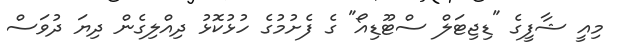
މިއީ ޝާފީގެ "ޑިޖިޓަލް ސްޓޫޑިއޯ" ގެ ފެށުމުގެ ހުޅުކޮޅު ދިއްލިގެން ދިޔަ ދުވަސް